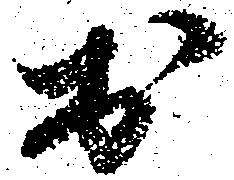
於